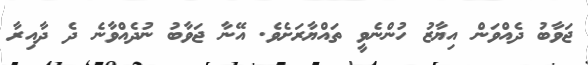
ޖަވާބު ދެއްވަން އިޔާޒު ހުންނެވީ ތައްޔާރަށެވެ. އޭނާ ޖަވާބު ނުދެއްވާނެ ދެ ދާއިރާ